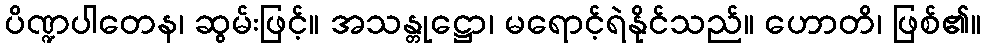
ပိဏ္ဍပါတေန၊ ဆွမ်းဖြင့်။ အသန္တုဋ္ဌော၊ မရောင့်ရဲနိုင်သည်။ ဟောတိ၊ ဖြစ်၏။